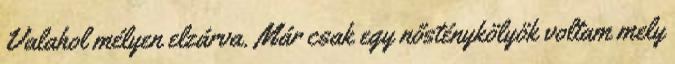
Valahol mélyen elzárva. Már csak egy nősténykölyök voltam mely